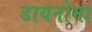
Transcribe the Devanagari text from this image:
डायनोमा